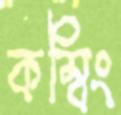
কম্বিং